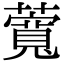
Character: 𬞸